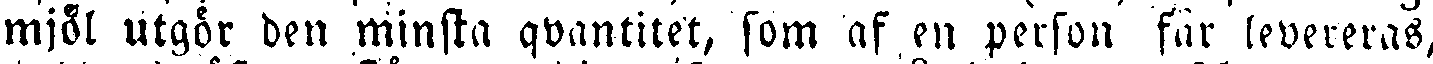
mjöl utgör, den minska qvantitet, som af en person får levereras,